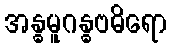
အန္ဓမူဂန္ဓဗဓိရော